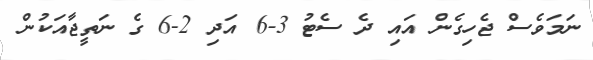
ނަމަވެސް ޖެހިގެން އައި ދެ ސެޓު 3-6 އަދި 2-6 ގެ ނަތީޖާއަކުން